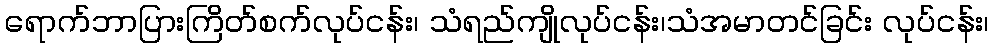
ရောက်ဘာပြားကြိတ်စက်လုပ်ငန်း၊ သံရည်ကျိုလုပ်ငန်း၊သံအမာတင်ခြင်း လုပ်ငန်း၊